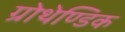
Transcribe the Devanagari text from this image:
ग्रोथेण्डिक